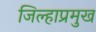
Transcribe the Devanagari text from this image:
जिल्हाप्रमुख